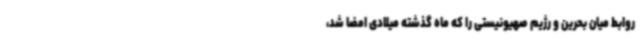
روابط میان بحرین و رژیم صهیونیستی را که ماه گذشته میلادی امضا شد،